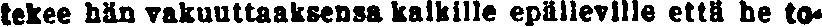
tekee hän vakuuttaaksensa kaikille epälleville että he to-